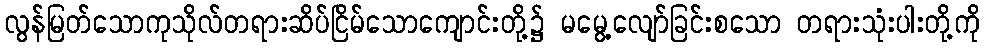
လွန်မြတ်သောကုသိုလ်တရားဆိပ်ငြိမ်သောကျောင်းတို့၌ မမွေ့လျော်ခြင်းစသော တရားသုံးပါးတို့ကို